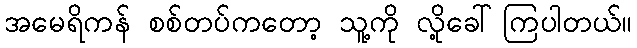
အမေရိကန် စစ်တပ်ကတော့ သူ့ကို လို့ခေါ်ကြပါတယ်။